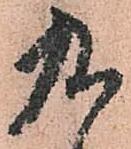
九